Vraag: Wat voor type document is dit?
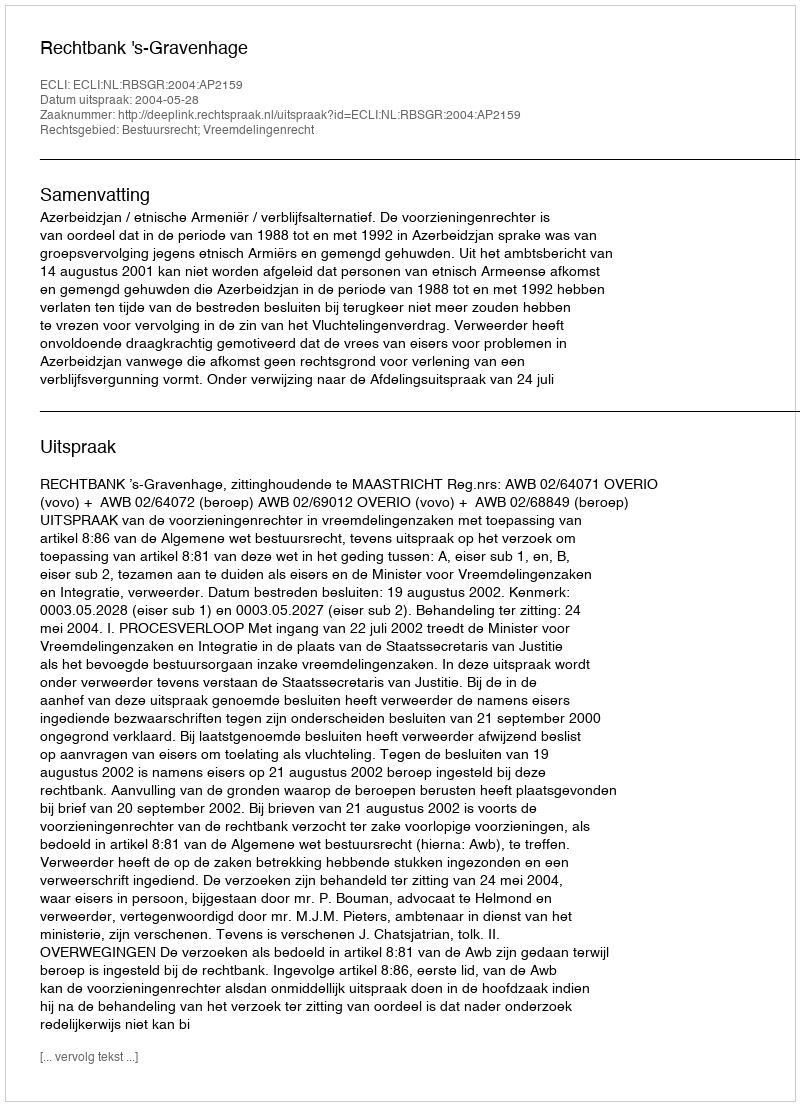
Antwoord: Uitspraak